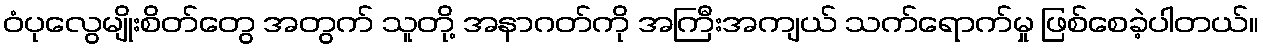
ဝံပုလွေမျိုးစိတ်တွေ အတွက် သူတို့ အနာဂတ်ကို အကြီးအကျယ် သက်ရောက်မှု ဖြစ်စေခဲ့ပါတယ်။